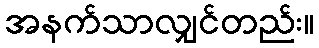
အနက်သာလျှင်တည်း။